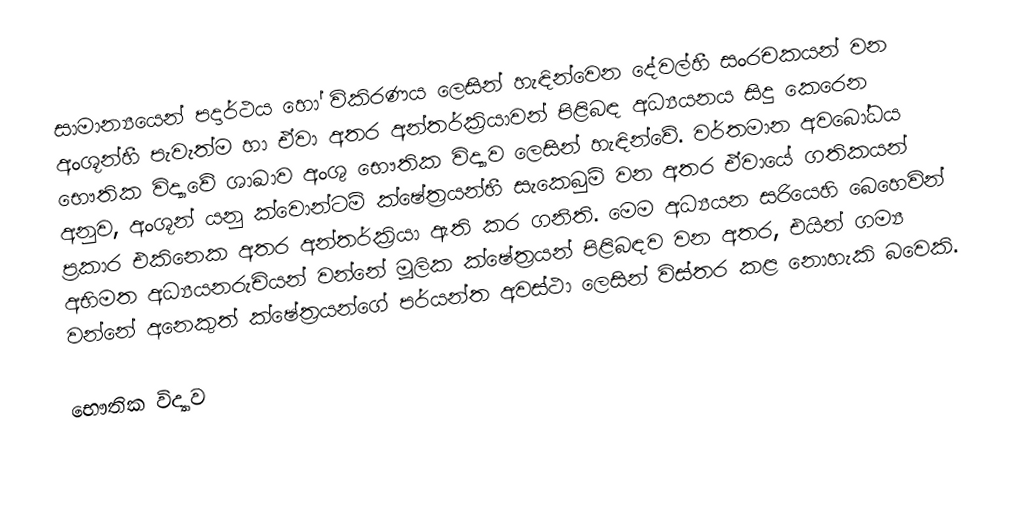
සාමාන්‍යයෙන් පදාර්ථය හෝ  විකිරණය ලෙසින් හැඳින්වෙන දේවල්හී සංරචකයන් වන අංශූන්හී පැවැත්ම හා ඒවා අතර අන්තර්ක්‍රියාවන් පිළිබඳ අධ්‍යයනය සිදු කෙරෙන   භෞතික විද්‍යාවේ  ශාඛාව අංශු භෞතික විද්‍යාව ලෙසින් හැඳින්වේ. වර්තමාන අවබෝධය අනුව, අංශූන් යනු  ක්වොන්ටම් ක්ෂේත්‍රයන්හී සැකෙබුම් වන අතර ඒවායේ ගතිකයන් ප්‍රකාර එකිනෙක අතර අන්තර්ක්‍රියා ඇති කර ගනිති. මෙම අධ්‍යයන සරියෙහි බෙහෙවින් අභිමත අධ්‍යයනරුචියන් වන්නේ මූලික ක්ෂේත්‍රයන් පිළිබඳව වන අතර, එයින් ගම්‍ය වන්නේ අනෙකුත් ක්ෂේත්‍රයන්ගේ පර්යන්ත අවස්ථා ලෙසින් විස්තර කළ නොහැකි බවෙකි.

භෞතික විද්‍යාව